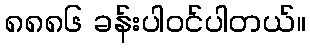
၈၈၈၆ ခန်းပါဝင်ပါတယ်။